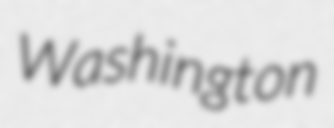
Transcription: Washington